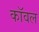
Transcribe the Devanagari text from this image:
कॉवल